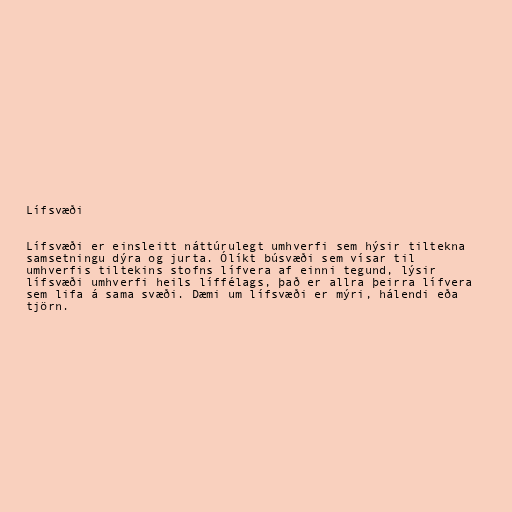
Lífsvæði

Lífsvæði er einsleitt náttúrulegt umhverfi sem hýsir tiltekna
samsetningu dýra og jurta. Ólíkt búsvæði sem vísar til
umhverfis tiltekins stofns lífvera af einni tegund, lýsir
lífsvæði umhverfi heils líffélags, það er allra þeirra lífvera
sem lifa á sama svæði. Dæmi um lífsvæði er mýri, hálendi eða
tjörn.